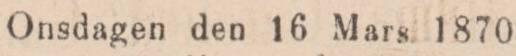
Onsdagen den 16 Mars 1870